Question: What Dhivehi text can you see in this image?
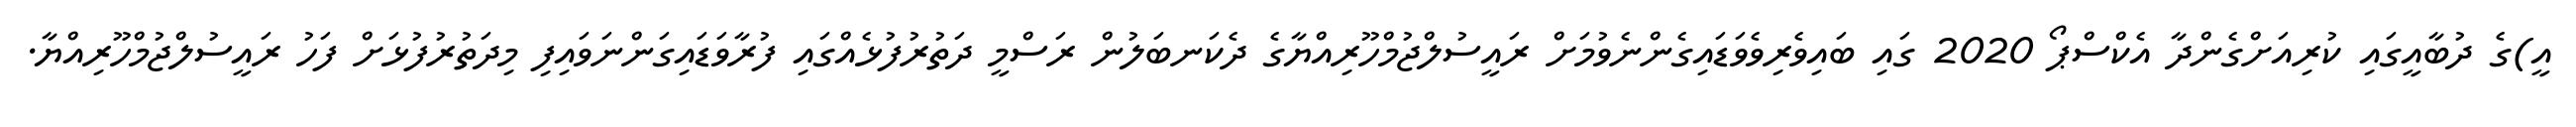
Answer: އީ)ގެ ދުބާއީގައި ކުރިއަށްގެންދާ އެކްސްޕޯ 2020 ގައި ބައިވެރިވެވަޑައިގެންނެވުމަށް ރައީސުލްޖުމްހޫރިއްޔާގެ ދެކަނބަލުން ރަސްމީ ދަތުރުފުޅެއްގައި ފުރާވަޑައިގަންނަވައިފި މިދަތުރުފުޅަށް ފަހު ރައީސުލްޖުމްހޫރިއްޔާ.